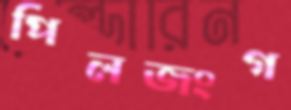
পিলজংগ